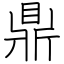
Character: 鼎